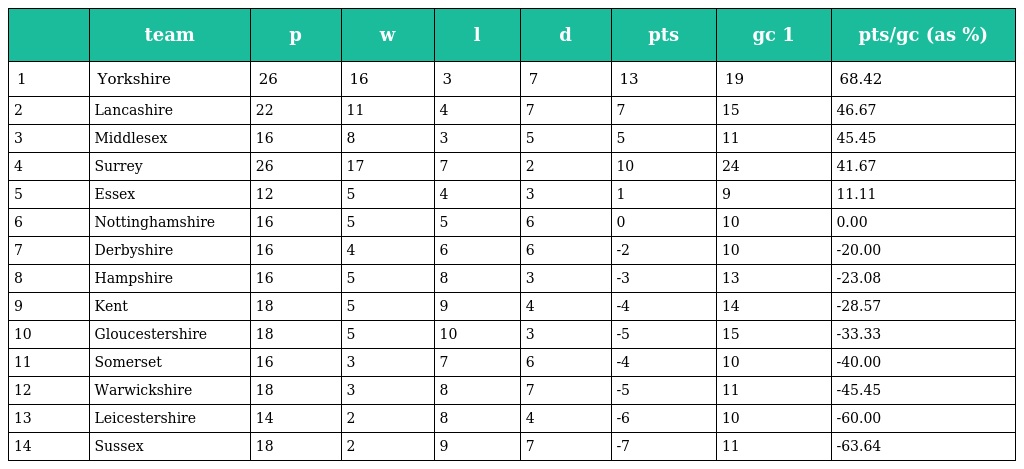
|  | team | p | w | l | d | pts | gc 1 | pts/gc (as %) |
 | --- | --- | --- | --- | --- | --- | --- | --- | --- |
 | 1 | Yorkshire | 26 | 16 | 3 | 7 | 13 | 19 | 68.42 |
 | 2 | Lancashire | 22 | 11 | 4 | 7 | 7 | 15 | 46.67 |
 | 3 | Middlesex | 16 | 8 | 3 | 5 | 5 | 11 | 45.45 |
 | 4 | Surrey | 26 | 17 | 7 | 2 | 10 | 24 | 41.67 |
 | 5 | Essex | 12 | 5 | 4 | 3 | 1 | 9 | 11.11 |
 | 6 | Nottinghamshire | 16 | 5 | 5 | 6 | 0 | 10 | 0.00 |
 | 7 | Derbyshire | 16 | 4 | 6 | 6 | -2 | 10 | -20.00 |
 | 8 | Hampshire | 16 | 5 | 8 | 3 | -3 | 13 | -23.08 |
 | 9 | Kent | 18 | 5 | 9 | 4 | -4 | 14 | -28.57 |
 | 10 | Gloucestershire | 18 | 5 | 10 | 3 | -5 | 15 | -33.33 |
 | 11 | Somerset | 16 | 3 | 7 | 6 | -4 | 10 | -40.00 |
 | 12 | Warwickshire | 18 | 3 | 8 | 7 | -5 | 11 | -45.45 |
 | 13 | Leicestershire | 14 | 2 | 8 | 4 | -6 | 10 | -60.00 |
 | 14 | Sussex | 18 | 2 | 9 | 7 | -7 | 11 | -63.64 |